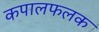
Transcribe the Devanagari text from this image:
कपालफलक